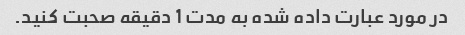
در مورد عبارت داده شده به مدت 1 دقیقه صحبت کنید.